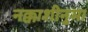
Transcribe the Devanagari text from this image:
नक्काशीनुमा